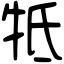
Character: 牴